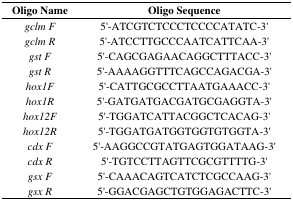
<table><thead><tr><td><b>Oligo Name</b></td><td><b>Oligo Sequence</b></td></tr></thead><tbody><tr><td><i>gclm F</i></td><td>5&#x27;-ATCGTCTCCCTCCCCATATC-3&#x27;</td></tr><tr><td><i>gclm R</i></td><td>5&#x27;-ATCCTTGCCCAATCATTCAA-3&#x27;</td></tr><tr><td><i>gst F</i></td><td>5&#x27;-CAGCGAGAACAGGCTTTACC-3&#x27;</td></tr><tr><td><i>gst R</i></td><td>5&#x27;-AAAAGGTTTCAGCCAGACGA-3&#x27;</td></tr><tr><td><i>hox1F</i></td><td>5&#x27;-CATTGCGCCTTAATGAAACC-3&#x27;</td></tr><tr><td><i>hox1R</i></td><td>5&#x27;-GATGATGACGATGCGAGGTA-3&#x27;</td></tr><tr><td><i>hox12F</i></td><td>5&#x27;-TGGATCATTACGGCTCACAG-3&#x27;</td></tr><tr><td><i>hox12R</i></td><td>5&#x27;-TGGATGATGGTGGTGTGGTA-3&#x27;</td></tr><tr><td><i>cdx F</i></td><td>5&#x27;-AAGGCCGTATGAGTGGATAAG-3&#x27;</td></tr><tr><td><i>cdx R</i></td><td>5&#x27;-TGTCCTTAGTTCGCGTTTTG-3&#x27;</td></tr><tr><td><i>gsx F</i></td><td>5&#x27;-CAAACAGTCATCTCGCCAAG-3&#x27;</td></tr><tr><td><i>gsx R</i></td><td>5&#x27;-GGACGAGCTGTGGAGACTTC-3&#x27;</td></tr></tbody></table>